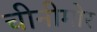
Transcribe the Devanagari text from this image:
चीनीमोर